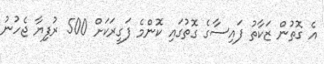
އެ ގޮތުން ޒަކާތު ފައިސާގެ ގޮތުގައި ކޮންމެ ފަގީރަކަށް 500 ރުފިޔާ ޖެހުނު